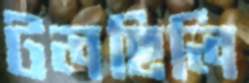
টলছিলি